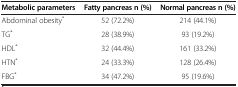
<table><thead><tr><td><b>Metabolic parameters</b></td><td><b>Fatty pancreas n (%)</b></td><td><b>Normal pancreas n (%)</b></td></tr></thead><tbody><tr><td>Abdominal obesity<sup>*</sup></td><td>52 (72.2%)</td><td>214 (44.1%)</td></tr><tr><td>TG<sup>*</sup></td><td>28 (38.9%)</td><td>93 (19.2%)</td></tr><tr><td>HDL<sup>*</sup></td><td>32 (44.4%)</td><td>161 (33.2%)</td></tr><tr><td>HTN<sup>*</sup></td><td>24 (33.3%)</td><td>128 (26.4%)</td></tr><tr><td>FBG<sup>*</sup></td><td>34 (47.2%)</td><td>95 (19.6%)</td></tr></tbody></table>